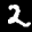
Label: 2